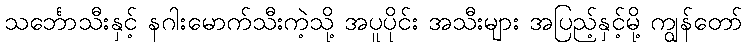
သင်္ဘောသီးနှင့် နဂါးမောက်သီးကဲ့သို့ အပူပိုင်း အသီးများ အပြည့်နှင့်မို့ ကျွန်တော်